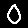
Digit: 0